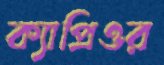
ক্যাপ্রিওর